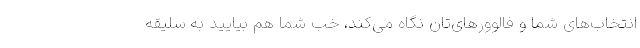
انتخاب‌های شما و فالوورهای‌تان نگاه می‌کند، خب شما هم بیایید به سلیقه